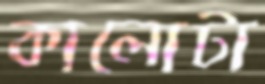
কালোটা